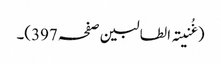
(غُنیتہ الطالبین صفحہ 397)۔